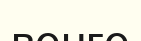
венге